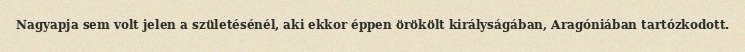
Nagyapja sem volt jelen a születésénél, aki ekkor éppen örökölt királyságában, Aragóniában tartózkodott.